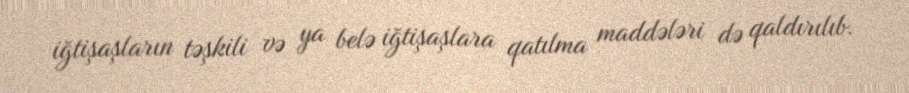
iğtişaşların təşkili və ya belə iğtişaşlara qatılma maddələri də qaldırılıb.